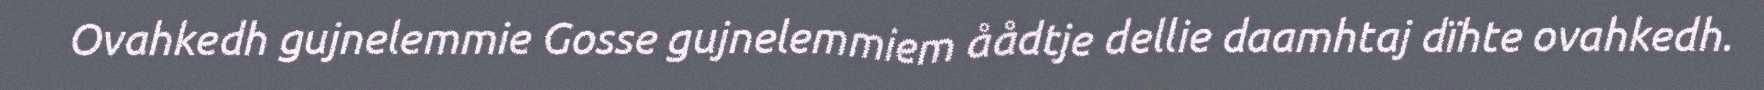
Ovahkedh gujnelemmie Gosse gujnelemmiem åådtje dellie daamhtaj dïhte ovahkedh.